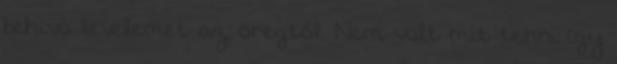
behívó levelemet az öregtől. Nem volt mit tenni így